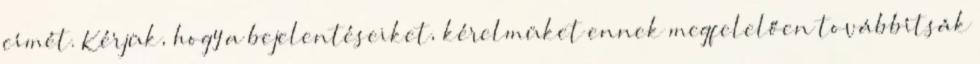
címét. Kérjük, hogy a bejelentéseiket, kérelmüket ennek megfelelően továbbítsák